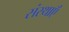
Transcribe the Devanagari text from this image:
संस्थाऍं